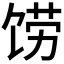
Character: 𲋦